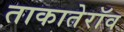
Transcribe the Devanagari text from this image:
ताकातेराॅव